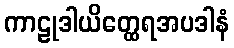
ကာဠုဒါယိတ္ထေရအပဒါနံ